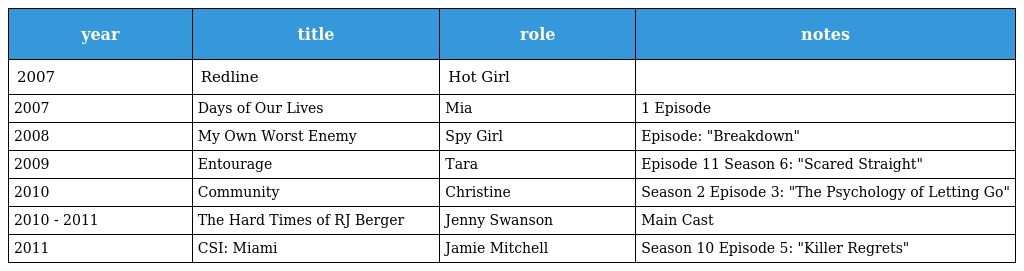
| year | title | role | notes |
 | --- | --- | --- | --- |
 | 2007 | Redline | Hot Girl |  |
 | 2007 | Days of Our Lives | Mia | 1 Episode |
 | 2008 | My Own Worst Enemy | Spy Girl | Episode: "Breakdown" |
 | 2009 | Entourage | Tara | Episode 11 Season 6: "Scared Straight" |
 | 2010 | Community | Christine | Season 2 Episode 3: "The Psychology of Letting Go" |
 | 2010 - 2011 | The Hard Times of RJ Berger | Jenny Swanson | Main Cast |
 | 2011 | CSI: Miami | Jamie Mitchell | Season 10 Episode 5: "Killer Regrets" |